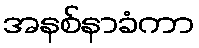
အနစ်နာခံကာ